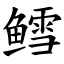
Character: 鳕